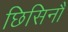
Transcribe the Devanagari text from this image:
छिसिनौ